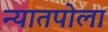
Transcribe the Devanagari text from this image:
न्यातपोला